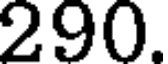
290.